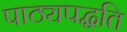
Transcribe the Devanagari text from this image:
पाठ्यपद्धति